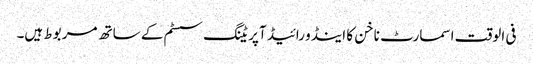
فی الوقت اسمارٹ ناخن کا اینڈو رائیڈ آپریٹنگ سسٹم کے ساتھ مربوط ہیں۔